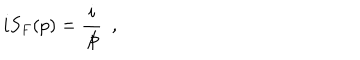
LaTeX: i S _ { F } ( p ) = \frac { i } { \not { \hspace { - 0 . 5 m m } p } } \ \ ,